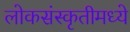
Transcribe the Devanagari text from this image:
लोकसंस्कृतीमध्ये